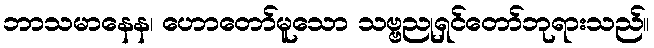
ဘာသမာနေန၊ ဟောတော်မူသော သဗ္ဗညုရှင်တော်ဘုရားသည်။